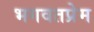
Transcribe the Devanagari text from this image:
भगवतप्रेम